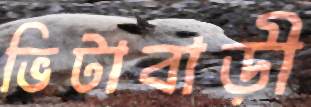
ভিটাবাড়ী